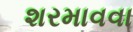
શરમાવવા